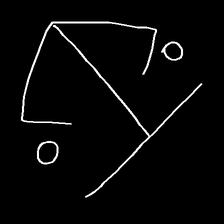
Glyph: earth